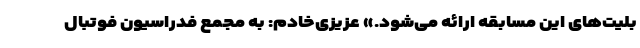
بلیت‌های این مسابقه ارائه می‌شود.» عزیزی‌خادم: به مجمع فدراسیون فوتبال